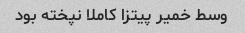
وسط خمیر پیتزا کاملا نپخته بود